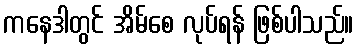
ကနေဒါတွင် အိမ်စေ လုပ်ရန် ဖြစ်ပါသည်။